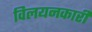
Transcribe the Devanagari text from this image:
विलयनकारी